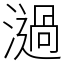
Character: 濄